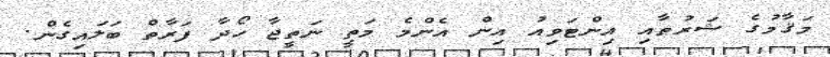
މަޤާމުގެ ޝަރުޠާއި އިންޓަވިއު އިން އެންމެ މަތީ ނަތީޖާ ހޯދާ ފަރާތް ބަލައިގެން.